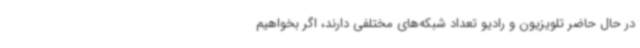
در حال حاضر تلویزیون و رادیو تعداد شبکه‌های مختلفی دارند، اگر بخواهیم